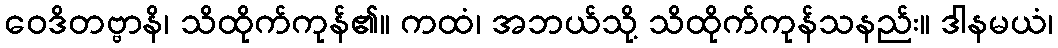
ဝေဒိတဗ္ဗာနိ၊ သိထိုက်ကုန်၏။ ကထံ၊ အဘယ်သို့ သိထိုက်ကုန်သနည်း။ ဒါနမယံ၊